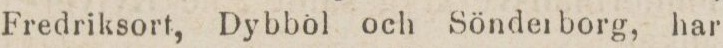
Fredriksort, Dybböl och Sönderborg, har